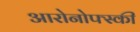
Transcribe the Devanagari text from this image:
आरोनोफ्स्की